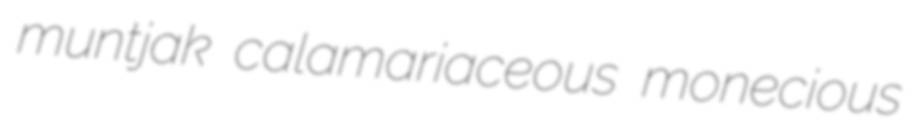
muntjak calamariaceous monecious